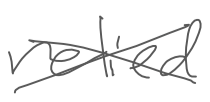
Text: relied
Cross-out: cross
Writing tool: digital_gray